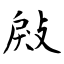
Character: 㪐